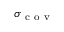
\sigma _ { \mathrm { ~ c ~ o ~ v ~ } }